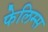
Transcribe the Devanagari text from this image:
फेलिम्स